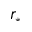
r _ { * }